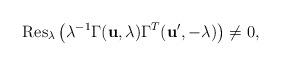
LaTeX: \begin{align*}{\rm Res}_\lambda \left(\lambda^{-1}\Gamma({\bf u},\lambda)\Gamma^T ({\bf u'},-\lambda)\right)\ne 0,\end{align*}